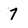
Character: 7